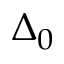
\Delta _ { 0 }